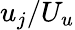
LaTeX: u_{j}/U_{u}